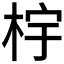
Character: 𰗤